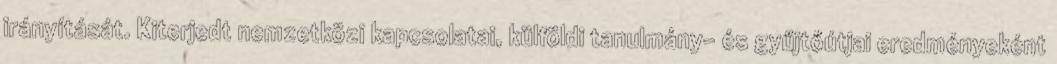
irányítását. Kiterjedt nemzetközi kapcsolatai, külföldi tanulmány- és gyűjtőútjai eredményeként